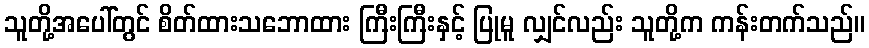
သူတို့အပေါ်တွင် စိတ်ထားသဘောထား ကြီးကြီးနှင့် ပြုမူ လျှင်လည်း သူတို့က ကန်းတက်သည်။